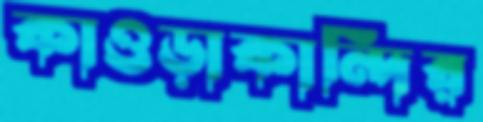
কাওড়াকান্দির